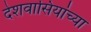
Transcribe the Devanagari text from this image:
देशवासियांच्या